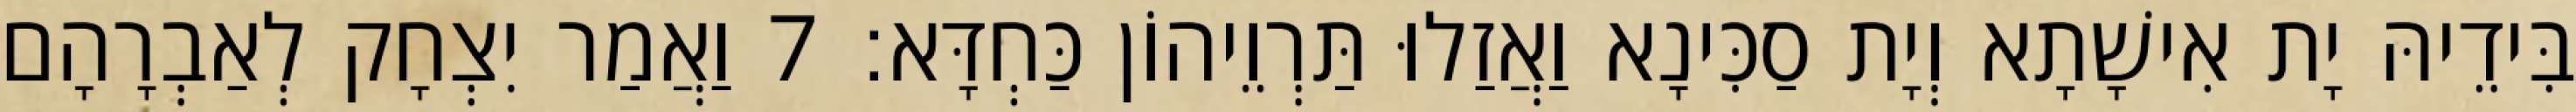
בִּידֵיהּ יָת אִישָׁתָא וְיָת סַכִּינָא וַאֲזַלוּ תַּרְוֵיהוֹן כַּחְדָּא׃ 7 וַאֲמַר יִצְחָק לְאַבְרָהָם